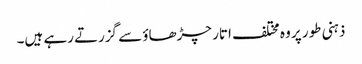
ذہنی طور پر وہ مختلف اتار چڑھاؤ سے گزرتے رہے ہیں۔